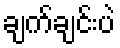
ချက်ချင်းပဲ